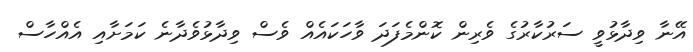
އޭނާ ވިދާޅުވީ ސަރުކާރުގެ ވެރިން ކޮންމެފަދަ ވާހަކައެއް ވެސް ވިދާޅުވެދާނެ ކަމަށާއި އެއްހާސް